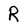
Character: R